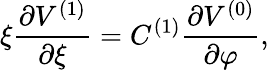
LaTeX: \xi\frac{\partial V^{(1)}}{\partial\xi}=C^{(1)}\frac{\partial V^{(0)}}{\partial\varphi},